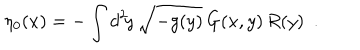
\eta _ { 0 } ( x ) = - \int d ^ { 2 } \! y \, \sqrt { - g ( y ) } \, G ( x , y ) \, R ( y ) \ \ .